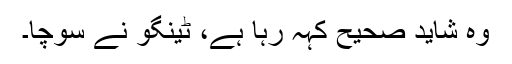
وہ شاید صحیح کہہ رہا ہے، ٹینگو نے سوچا۔